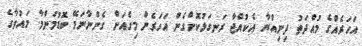
އަހަރެއްގެ މުއްދަތު ދިނިއްޔާ އެކުއްޖާ ރަނގަޅުކޮށްގެން އަހަރެން މިގެއަށް ގެންނާނަމޭ ބޮޑުމަންމާ. މައުވާގެ